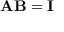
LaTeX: \mathbf { A B } = \mathbf { I }